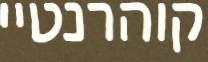
קוהרנטיי